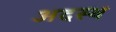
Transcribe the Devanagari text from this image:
अदस्थ